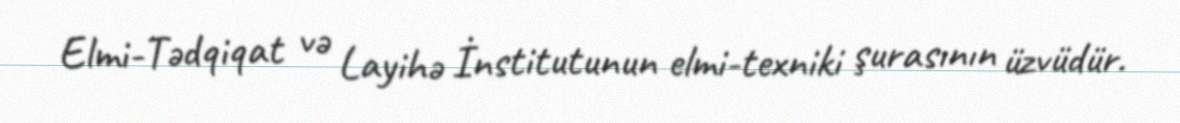
Elmi-Tədqiqat və Layihə İnstitutunun elmi-texniki şurasının üzvüdür.